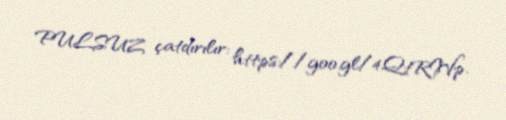
PULSUZ çatdırılır: https://goo.gl/4QtRWp.